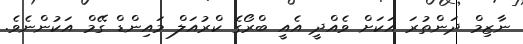
ނާޒިމް ދަންތުރަ އަކަށް ވެއްދީ އެއީ ބްރޯގެ ކްރުއަލް މައިންޑް ގޭމް އަކުންނެވެ.